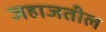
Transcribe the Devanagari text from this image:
जहाजतील